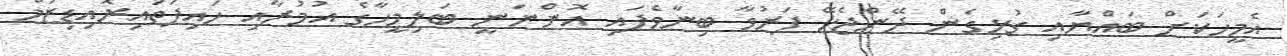
އެމީހަކަށް ބައްޔާއި ގުޅިގެން ދޭންޖެހޭ ފަރުވާ ބިނާވެފައި އޮންނަނީ ބަލިމީހާގެ އުމުރާއި ހައިޕަތައިރޮއިޑިޒަމް